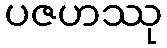
ပဇဟဿု